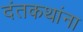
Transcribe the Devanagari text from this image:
दंतकथांना